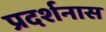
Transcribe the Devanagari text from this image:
प्रदर्शनास